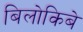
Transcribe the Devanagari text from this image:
बिलोकिबे